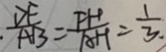
\frac { D F } { A B } = \frac { F H } { A H } = \frac { 1 } { 3 } .